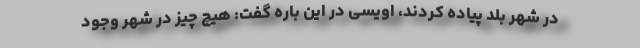
در شهر بلد پیاده کردند، اویسی در این باره گفت: هیچ چیز در شهر وجود